Tartu_pedagoogiumi_aruanded, lk 31
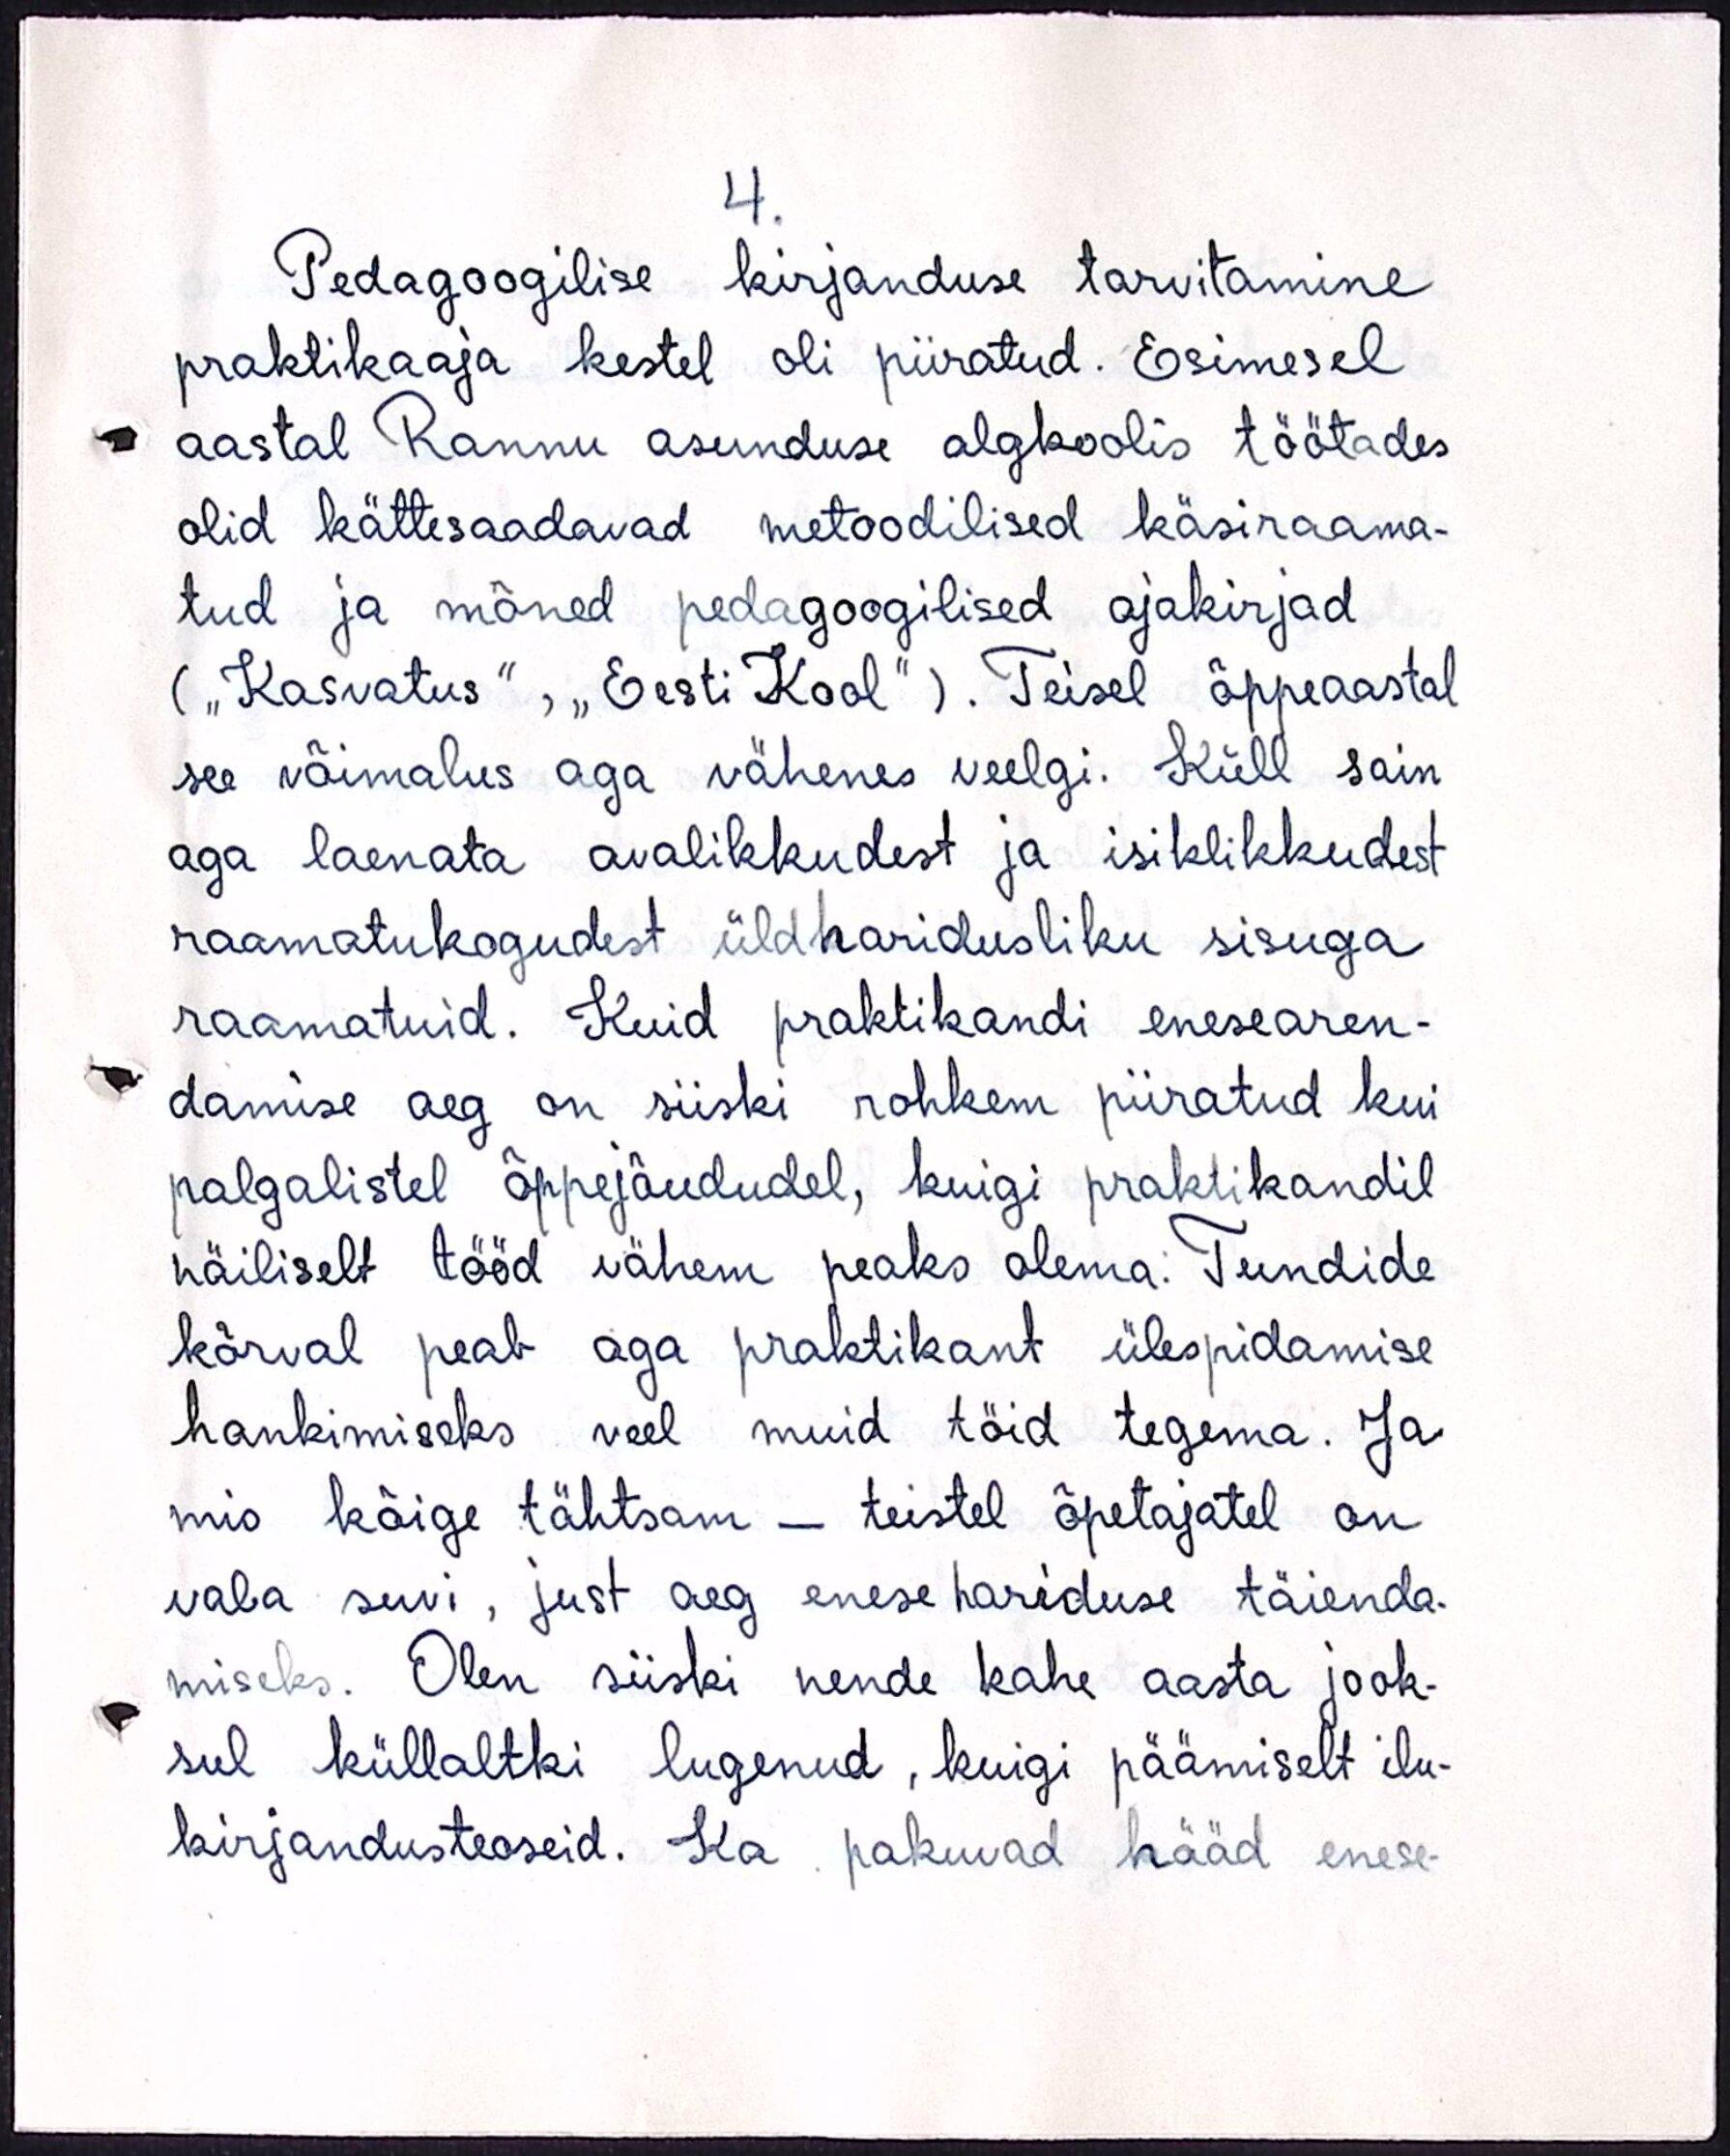
4.
Pedagoogilise kirjanduse tarvitamine
praktikaaja kestel oli piiratud. Esimesel
aastal Rannu asunduse algkoolis töötades
olid kättesaadavad metoodilised käsiraama-
tud ja mõned pedagoogilised ajakirjad
(„Kasvatus", „Eesti Kool"). Teisel õppeaastal
see võimalus aga vähenes veelgi. Küll sain
aga laenata avalikkudest ja isiklikkudest
raamatukogudest üldharidusliku sisuga
raamatuid. Kuid praktikandi enesearen-
damise aeg on siiski rohkem piiratud kui
palgalistel õppejõududel, kuigi praktikandil
näiliselt tööd vähem peaks olema. Tundide
kõrval peab aga praktikant ülespidamise
hankimiseks veel muid töid tegema. Ja
mis kõige tähtsam - teistel õpetajatel on
vaba suvi, just aeg enesehariduse täienda-
miseks. Olen siiski nende kahe aasta jook-
sul küllaltki lugenud, kuigi päämiselt ilu-
kirjandusteoseid. Ka pakuvad hääd enese-